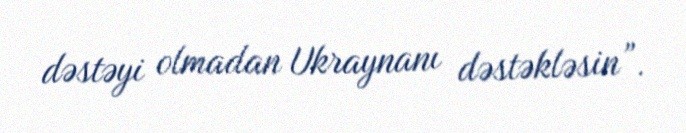
dəstəyi olmadan Ukraynanı dəstəkləsin”.